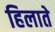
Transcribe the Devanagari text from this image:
हिलाते